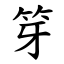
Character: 笌